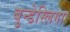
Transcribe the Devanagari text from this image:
बुन्डेस्लिगा